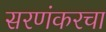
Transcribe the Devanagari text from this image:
सरणंकरचा